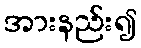
အားနည်း၍